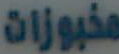
مخبوزات